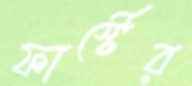
ফার্স্টের